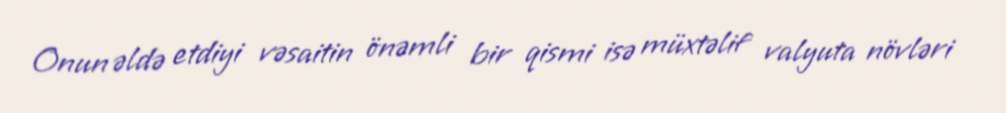
Onun əldə etdiyi vəsaitin önəmli bir qismi isə müxtəlif valyuta növləri